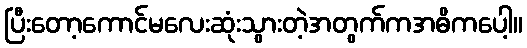
ပြီးတော့ကောင်မလေးဆုံးသွားတဲ့အတွက်ကအဓိကပေါ့။